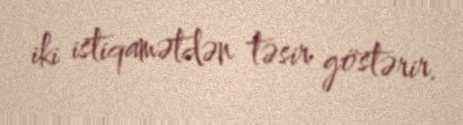
iki istiqamətdən təsir göstərir.